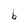
Character: b